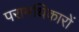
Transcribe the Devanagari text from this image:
परामधिकारों